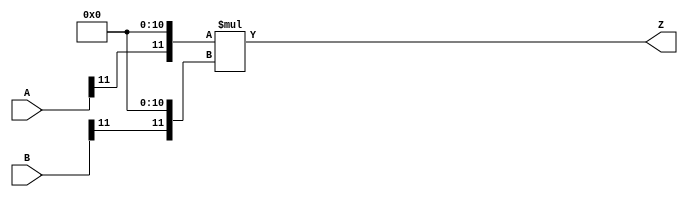
/***
* This code is a part of EvoApproxLib library (ehw.fit.vutbr.cz/approxlib) distributed under The MIT License.
* When used, please cite the following article(s): PRABAKARAN B. S., MRAZEK V., VASICEK Z., SEKANINA L., SHAFIQUE M. ApproxFPGAs: Embracing ASIC-based Approximate Arithmetic Components for FPGA-Based Systems. DAC 2020. 
***/
// MAE% = 18.74 %
// MAE = 3143680 
// WCE% = 74.95 %
// WCE = 12574721 
// WCRE% = 100.00 %
// EP% = 99.95 %
// MRE% = 87.98 %
// MSE = 15865.376e9 
// FPGA_POWER = 0.25
// FPGA_DELAY = 6.0
// FPGA_LUT = 1.0



module mul12u_35V(
	A, 
	B,
	Z
);

input [12-1:0] A;
input [12-1:0] B;
output [2*12-1:0] Z;

wire [12-1:0] tmpA;
wire [12-1:0] tmpB;
assign tmpA = {A[12-1:11],{11{1'b0}}};
assign tmpB = {B[12-1:11],{11{1'b0}}};
assign Z = tmpA * tmpB;
endmodule